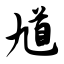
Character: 馗